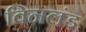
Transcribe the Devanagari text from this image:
विनलंड